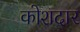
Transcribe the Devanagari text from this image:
कोशदार